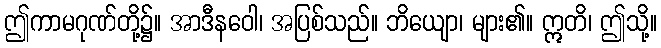
ဤကာမဂုဏ်တို့၌။ အာဒီနဝေါ၊ အပြစ်သည်။ ဘိယျော၊ များ၏။ ဣတိ၊ ဤသို့။